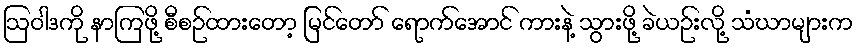
ဩဝါဒကို နာကြဖို့ စီစဉ်ထားတော့ မြင်တော် ရောက်အောင် ကားနဲ့ သွားဖို့ ခဲယဉ်းလို့ သံဃာများက